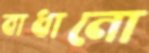
বাধানো